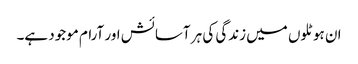
ان ہوٹلوں میں زندگی کی ہر آسائش اور آرام موجود ہے۔